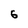
Character: 6